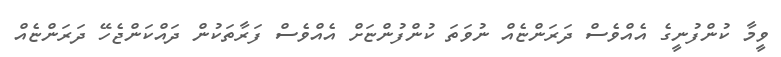
ވީމާ ކުންފުނީގެ އެއްވެސް ދަރަންޏެއް ނުވަތަ ކުންފުންޏަށް އެއްވެސް ފަރާތަކުން ދައްކަންޖެހޭ ދަރަންޏެއް